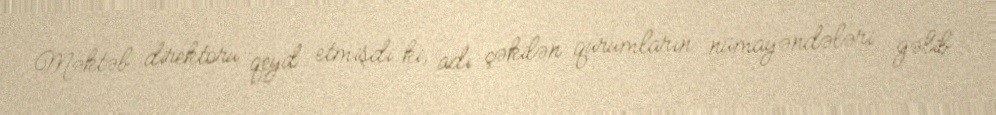
Məktəb direktoru qeyd etmişdi ki, adı çəkilən qurumların nümayəndələri gəlib